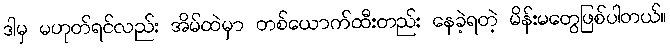
ဒါမှ မဟုတ်ရင်လည်း အိမ်ထဲမှာ တစ်ယောက်ထီးတည်း နေခဲ့ရတဲ့ မိန်းမတွေဖြစ်ပါတယ်။